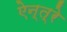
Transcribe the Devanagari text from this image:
ऐन्त्रे